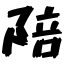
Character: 陪